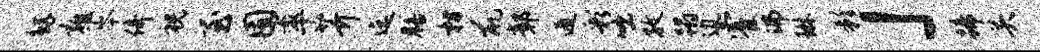
鲧雍岑倚祝至囿率芥迄膳枋鼠鄣遁彩咄孜蹋边霍沸琳影」蹄关